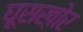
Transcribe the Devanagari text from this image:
घूसख़ोर